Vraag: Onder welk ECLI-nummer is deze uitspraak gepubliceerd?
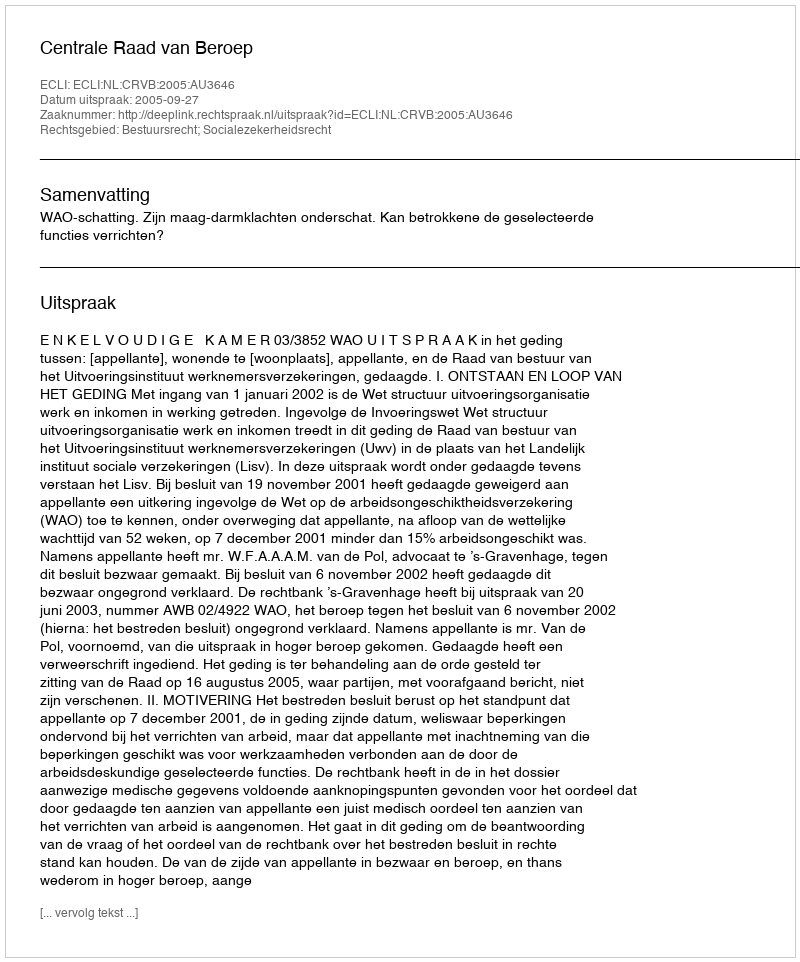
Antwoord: ECLI:NL:CRVB:2005:AU3646